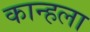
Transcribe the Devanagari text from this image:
कान्हला